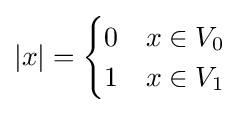
|x|={\begin{cases}0&x\in V_{0}\\1&x\in V_{1}\end{cases}}